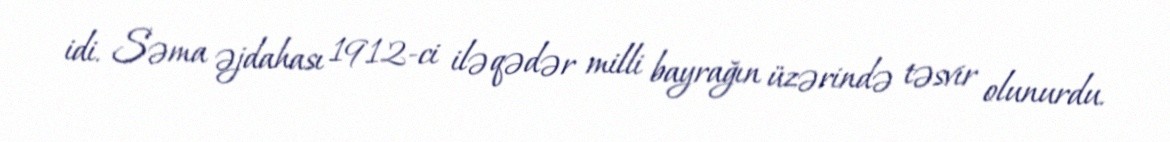
idi. Səma əjdahası 1912-ci ilə qədər milli bayrağın üzərində təsvir olunurdu.